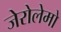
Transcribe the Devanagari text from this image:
जेरोलेमो